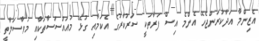
އެޒިންމާ އަދާކުރަންޖެހޭ އެންމެ އިސް ފަރާތަކީ ސަރުކާރުގެ އެކަމާއި ގުޅޭ މުއައްސަސާތަކާއި މުވާސަލާތީ